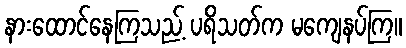
နားထောင်နေကြသည့် ပရိသတ်က မကျေနပ်ကြ။